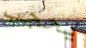
يحجب